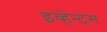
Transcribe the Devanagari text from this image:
इव्हेन्ट्‌स